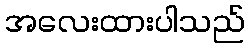
အလေးထားပါသည်